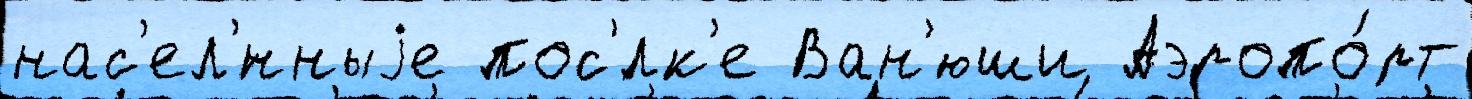
нас'ел'́нныjе пос'́лк'е Ван'юши Аэропо́рт